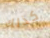
كذلك